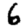
Digit: 6